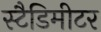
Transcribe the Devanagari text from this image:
स्टैडिमीटर